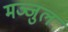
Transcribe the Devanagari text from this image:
मञ्जुल